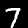
Digit: 7